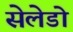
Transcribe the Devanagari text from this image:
सेलेडो